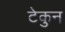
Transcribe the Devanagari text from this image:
टेकुन